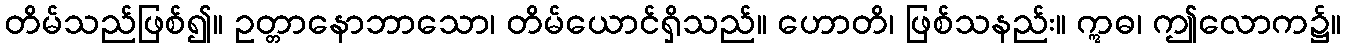
တိမ်သည်ဖြစ်၍။ ဥတ္တာနောဘာသော၊ တိမ်ယောင်ရှိသည်။ ဟောတိ၊ ဖြစ်သနည်း။ ဣဓ၊ ဤလောက၌။